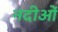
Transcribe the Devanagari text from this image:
नदीओं